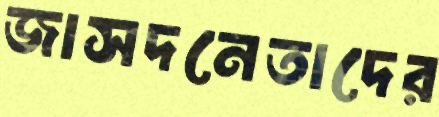
জাসদনেতাদের